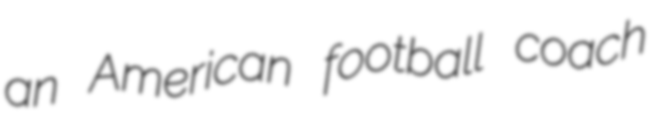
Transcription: an American football coach